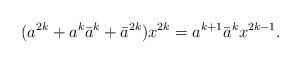
LaTeX: \begin{align*}(a^{2k}+a^k\bar{a}^k+\bar{a}^{2k})x^{2k}=a^{k+1}\bar{a}^{k}x^{2k-1}. \end{align*}